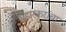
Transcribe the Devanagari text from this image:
भंडारकरांचा